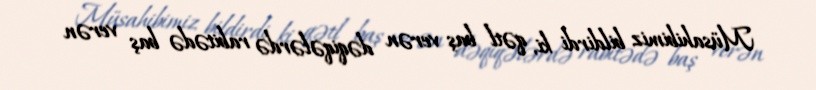
Müsahibimiz bildirdi ki, qətl baş verən dəqiqələrdə rabitədə baş verən